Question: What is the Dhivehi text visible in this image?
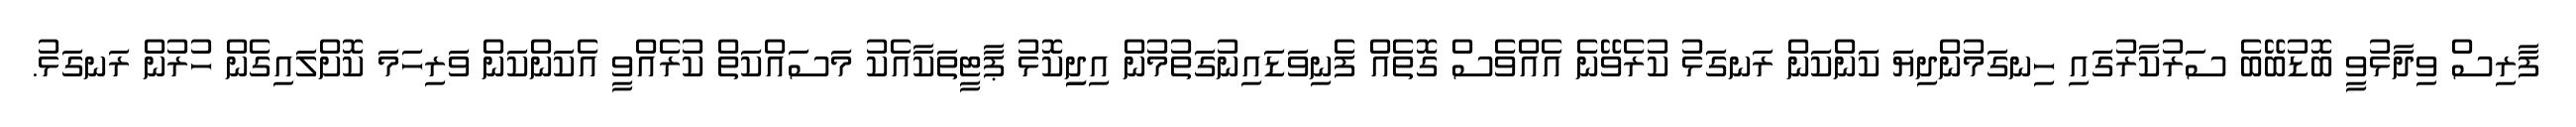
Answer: ފާރިސް ވިދާޅުވީ ބޮޑުބޭބެ ސަރުކާރުގައި ހިނގަމުންދިޔަ ކަންކަން ރަނގަޅު ކުރެވޭނެ އެއްވެސް ގޮތެއް ފެނިވަޑައިނުގަތުމުން އިދިިކޮޅު ޕާޓީތަކާއެކު މަސައްކަތް ކުރެއްވީ އެކަންކަން ވަރިހަމަ ކޮށްލައިގެން ހުރުން ރަނގަޅު.